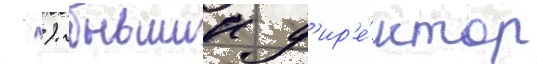
 ). бывшии д'ир'е́ктор